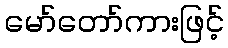
မော်တော်ကားဖြင့်